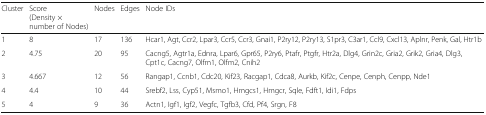
| Cluster | Score (Density × number of Nodes) | Nodes | Edges | Node IDs |
 | --- | --- | --- | --- | --- |
 | 1 | 8 | 17 | 136 | Hcar1, Agt, Ccr2, Lpar3, Ccr5, Ccr3, Gnai1, P2ry12, P2ry13, S1pr3, C3ar1, Ccl9, Cxcl13, Aplnr, Penk, Gal, Htr1b |
 | 2 | 4.75 | 20 | 95 | Cacng5, Agtr1a, Ednra, Lpar6, Gpr65, P2ry6, Ptafr, Ptgfr, Htr2a, Dlg4, Grin2c, Gria2, Grik2, Gria4, Dlg3, Cpt1c, Cacng7, Olfm1, Olfm2, Cnih2 |
 | 3 | 4.667 | 12 | 56 | Rangap1, Ccnb1, Cdc20, Kif23, Racgap1, Cdca8, Aurkb, Kif2c, Cenpe, Cenph, Cenpp, Nde1 |
 | 4 | 4.4 | 10 | 44 | Srebf2, Lss, Cyp51, Msmo1, Hmgcs1, Hmgcr, Sqle, Fdft1, Idi1, Fdps |
 | 5 | 4 | 9 | 36 | Actn1, Igf1, Igf2, Vegfc, Tgfb3, Cfd, Pf4, Srgn, F8 |